Insane asylums in Bengal annual reports 1876-1887 - 1876-1887
Year: 1876
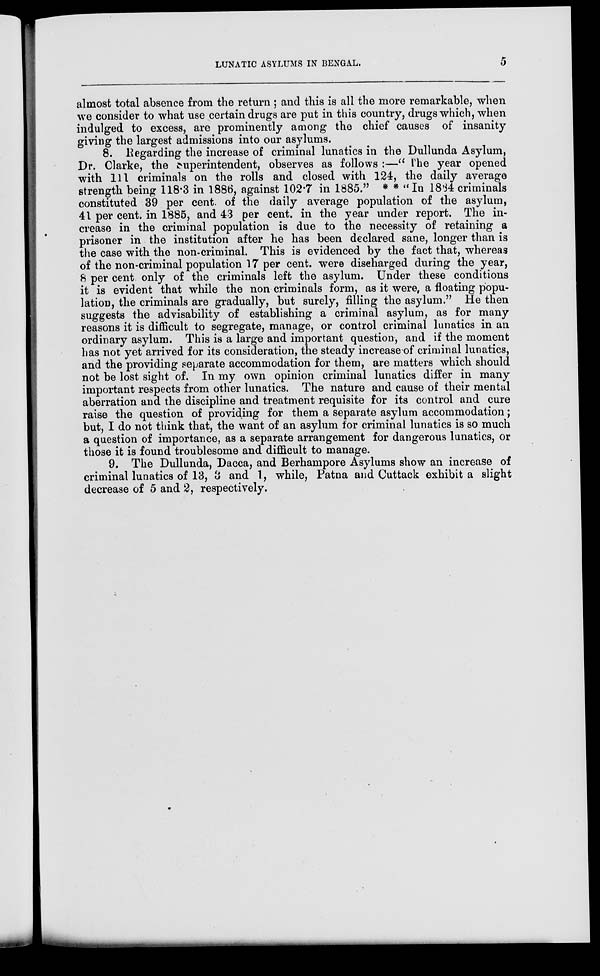
LUNATIC ASYLUMS IN BENGAL.
5
almost total absence from the return ; and this is all the more remarkable, when
we consider to what use certain drugs are put in this country, drugs which, when
indulged to excess, are prominently among the chief causes of insanity
giving the largest admissions into our asylums.
8. Regarding the increase of criminal lunatics in the Dullunda Asylum,
Dr. Clarke, the superintendent, observes as follows :—" The year opened
with 111 criminals on the rolls and closed with 124, the daily average
strength being 118.3 in 1886, against 102.7 in 1885." * * "In 1884 criminals
constituted 39 per cent. of the daily average population of the asylum,
41 per cent. in 1885, and 43 per cent. in the year under report. The in-
crease in the criminal population is due to the necessity of retaining a
prisoner in the institution after he has been declared sane, longer than is
the case with the non-criminal. This is evidenced by the fact that, whereas
of the non-criminal population 17 per cent. were discharged during the year,
8 per cent only of the criminals left the asylum. Under these conditions
it is evident that while the non criminals form, as it were, a floating popu-
lation, the criminals are gradually, but surely, filling the asylum." He then
suggests the advisability of establishing a criminal asylum, as for many
reasons it is difficult to segregate, manage, or control criminal lunatics in an
ordinary asylum. This is a large and important question, and if the moment
has not yet arrived for its consideration, the steady increase of criminal lunatics,
and the providing separate accommodation for them, are matters which should
not be lost sight of. In my own opinion criminal lunatics differ in many
important respects from other lunatics. The nature and cause of their mental
aberration and the discipline and treatment requisite for its control and cure
raise the question of providing for them a separate asylum accommodation;
but, I do not think that, the want of an asylum for criminal lunatics is so much
a question of importance, as a separate arrangement for dangerous lunatics, or
those it is found troublesome and difficult to manage.
9. The Dullunda, Dacca, and Berhampore Asylums show an increase of
criminal lunatics of 13, 3 and 1, while, Patna and Cuttack exhibit a slight
decrease of 5 and 2, respectively.